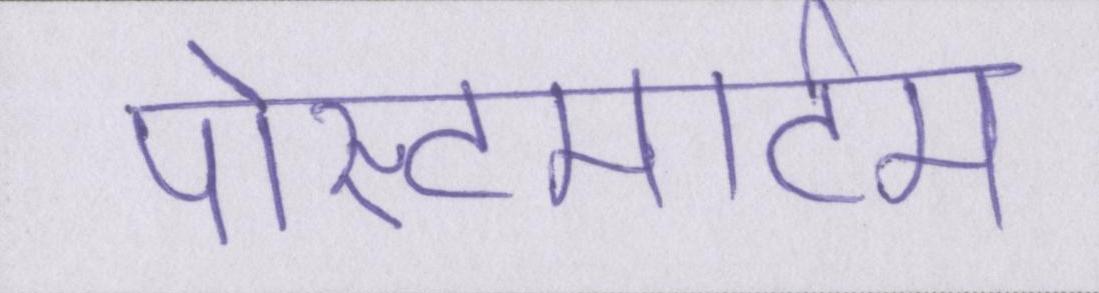
पोस्टमार्टम